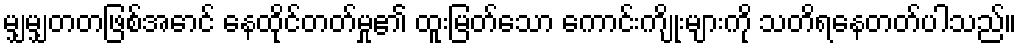
မျှမျှတတဖြစ်အောင် နေထိုင်တတ်မှု၏ ထူးမြတ်သော ကောင်းကျိုးများကို သတိရနေတတ်ပါသည်။